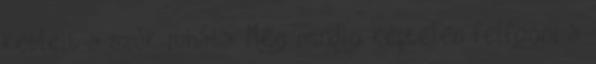
keb­leit a szűk ru­hába. Még min­dig kép­te­len fel­fogni a